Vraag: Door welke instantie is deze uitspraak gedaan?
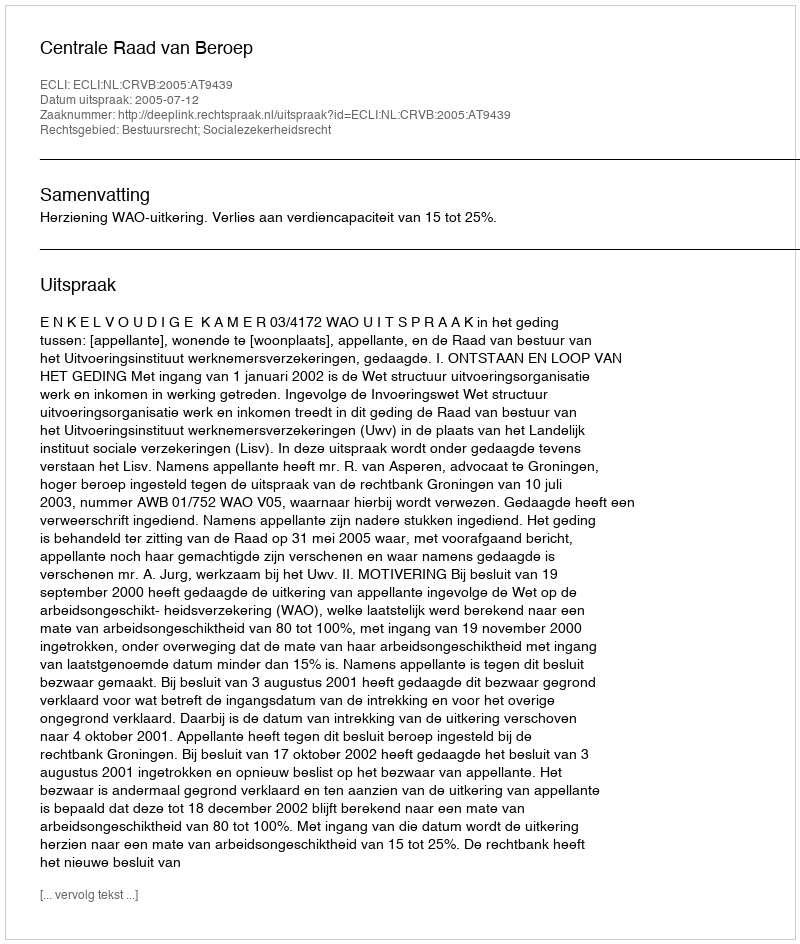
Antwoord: Centrale Raad van Beroep